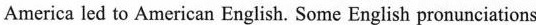
America led to American English. Some English pronunciations